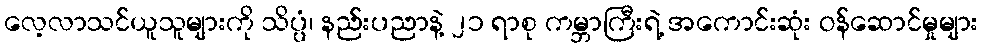
လေ့လာသင်ယူသူများကို သိပ္ပံ၊ နည်းပညာနဲ့ ၂၁ ရာစု ကမ္ဘာကြီးရဲ့ အကောင်းဆုံး ဝန်ဆောင်မှုများ